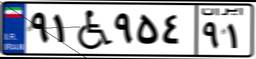
۹۱W۹۵۴۹۱